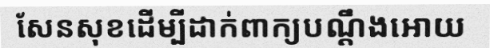
សែនសុខដើម្បីដាក់ពាក្យបណ្តឹងអោយ